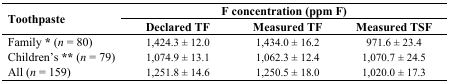
<table><thead><tr><td rowspan="2"><b>Toothpaste</b></td><td colspan="3"><b>F concentration (ppm F)</b></td></tr><tr><td><b>Declared TF</b></td><td><b>Measured TF</b></td><td><b>Measured TSF</b></td></tr></thead><tbody><tr><td>Family <b>*</b> (<i>n</i> = 80)</td><td>1,424.3 ± 12.0</td><td>1,434.0 ± 16.2</td><td>971.6 ± 23.4</td></tr><tr><td>Children’s <b>**</b> (<i>n</i> = 79)</td><td>1,074.9 ± 13.1</td><td>1,062.3 ± 12.4</td><td>1,070.7 ± 24.5</td></tr><tr><td>All (<i>n</i> = 159)</td><td>1,251.8 ± 14.6</td><td>1,250.5 ± 18.0</td><td>1,020.0 ± 17.3</td></tr></tbody></table>